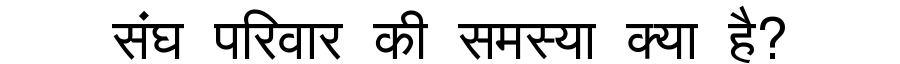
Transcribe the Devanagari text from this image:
संघ परिवार की समस्या क्या है?